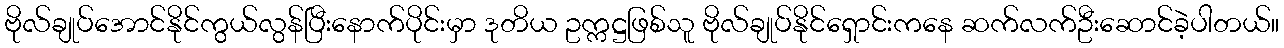
ဗိုလ်ချုပ်အောင်နိုင်ကွယ်လွန်ပြီးနောက်ပိုင်းမှာ ဒုတိယ ဥက္ကဋ္ဌဖြစ်သူ ဗိုလ်ချုပ်နိုင်ရှောင်းကနေ ဆက်လက်ဦးဆောင်ခဲ့ပါတယ်။